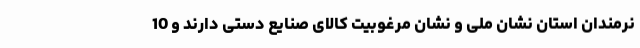
نرمندان استان نشان ملی و نشان مرغوبیت کالای صنایع دستی دارند و 10